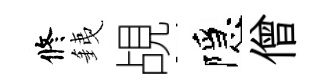
修銕覘隱僧